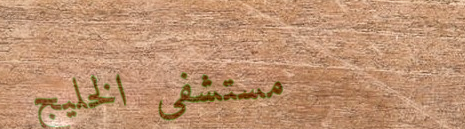
مستشفى الخليج